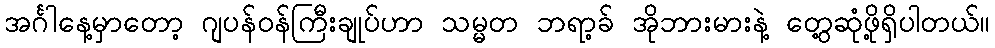
အင်္ဂါနေ့မှာတော့ ဂျပန်ဝန်ကြီးချုပ်ဟာ သမ္မတ ဘရာ့ခ် အိုဘားမားနဲ့ တွေ့ဆုံဖို့ရှိပါတယ်။